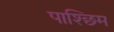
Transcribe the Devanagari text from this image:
पाश्छिम